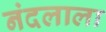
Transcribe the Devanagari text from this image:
नंदलाला